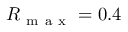
R _ { \mathrm { ~ m ~ a ~ x ~ } } = 0 . 4